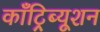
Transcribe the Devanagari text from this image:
काँट्रिब्यूशन